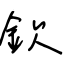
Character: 欽